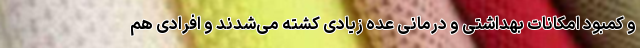
و کمبود امکانات بهداشتی و درمانی عده زیادی کشته می‌شدند و افرادی هم